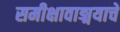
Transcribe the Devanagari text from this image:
समीक्षावाङ्मयाचे